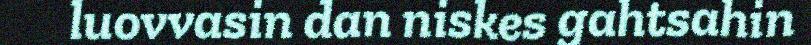
luovvasin dan niskes gahtsahin